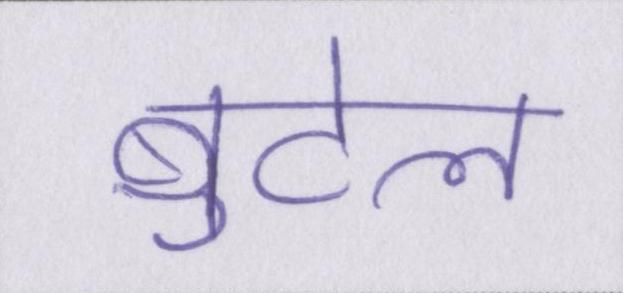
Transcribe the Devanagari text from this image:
बुटेल